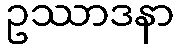
ဥဿာဒနာ